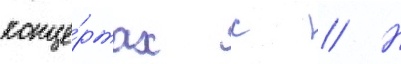
конце́ртах с // Н